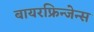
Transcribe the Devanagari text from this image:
बायरफ्रिन्जेन्स